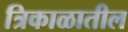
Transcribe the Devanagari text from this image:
त्रिकाळातील